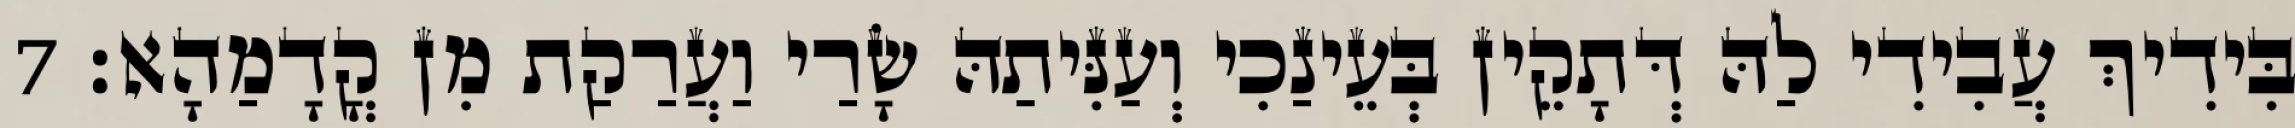
בִּידִיךְ עֲבִידִי לַהּ דְּתָקֵין בְּעֵינַכִי וְעַנִּיתַהּ שָׂרַי וַעֲרַקַת מִן קֳדָמַהָא׃ 7